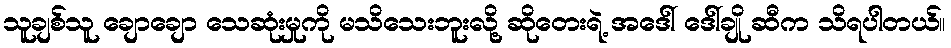
သူချစ်သူ ချောချော သေဆုံးမှုကို မသိသေးဘူးလို့ ဆိုတေးရဲ့ အဒေါ် ဒေါ်ချို ဆီက သိရပါတယ်။